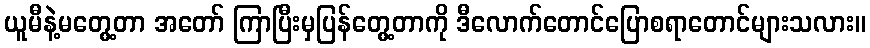
ယူမီနဲ့မတွေ့တာ အတော် ကြာပြီးမှပြန်တွေ့တာကို ဒီလောက်တောင်ပြောစရာတောင်များသလား။